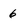
Character: 6